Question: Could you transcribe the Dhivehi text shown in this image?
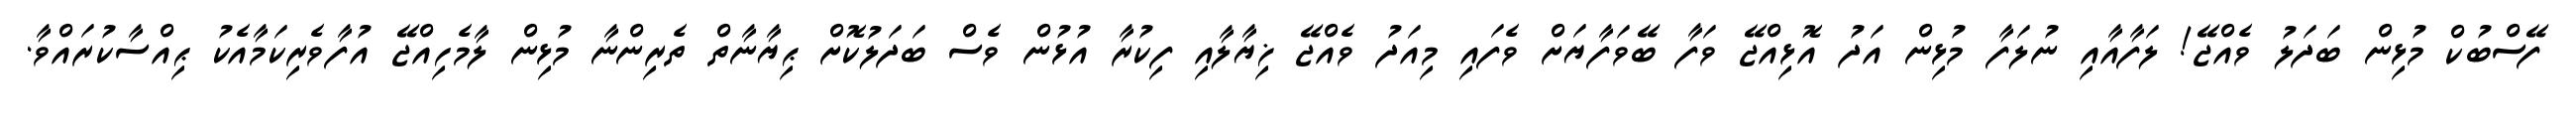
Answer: ފޭސްބުކް މުޅިން ބަދަލު ވެއްޖޭ! ލަފާއާއި ނުލަފާ މުޅިން އަދު އޮޅިއްޖޭ ވަފާ ބޭވަފާޔަށް ވެފައި މިއަދު ވެއްޖޭ ޚިޔާލާއި ފިކުރާ އުޅުން ވެސް ބަދަލުކޮށް ޙިޔާނާތް ތެރިންނާ މުޅިން ލާމެހިއްޖޭ އުފާވެރިކަމާއެކު ޙިއްސާކުރައްވާ.